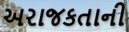
અરાજકતાની